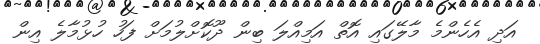
އަދި އެހެންމެ މާލޭގައި އޮތް އަމިއްލަ ބިން ދޫކޮށްލުމަށް ފަހު ހުޅުމާލެ އިން